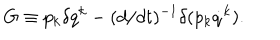
G \equiv p _ { k } \delta q ^ { k } - ( d / d t ) ^ { - 1 } \delta ( p _ { k } \dot { q } ^ { k } ) .